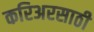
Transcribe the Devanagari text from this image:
करिअरसाठी